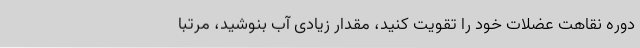
دوره نقاهت عضلات خود را تقویت کنید، مقدار زیادی آب بنوشید، مرتباً